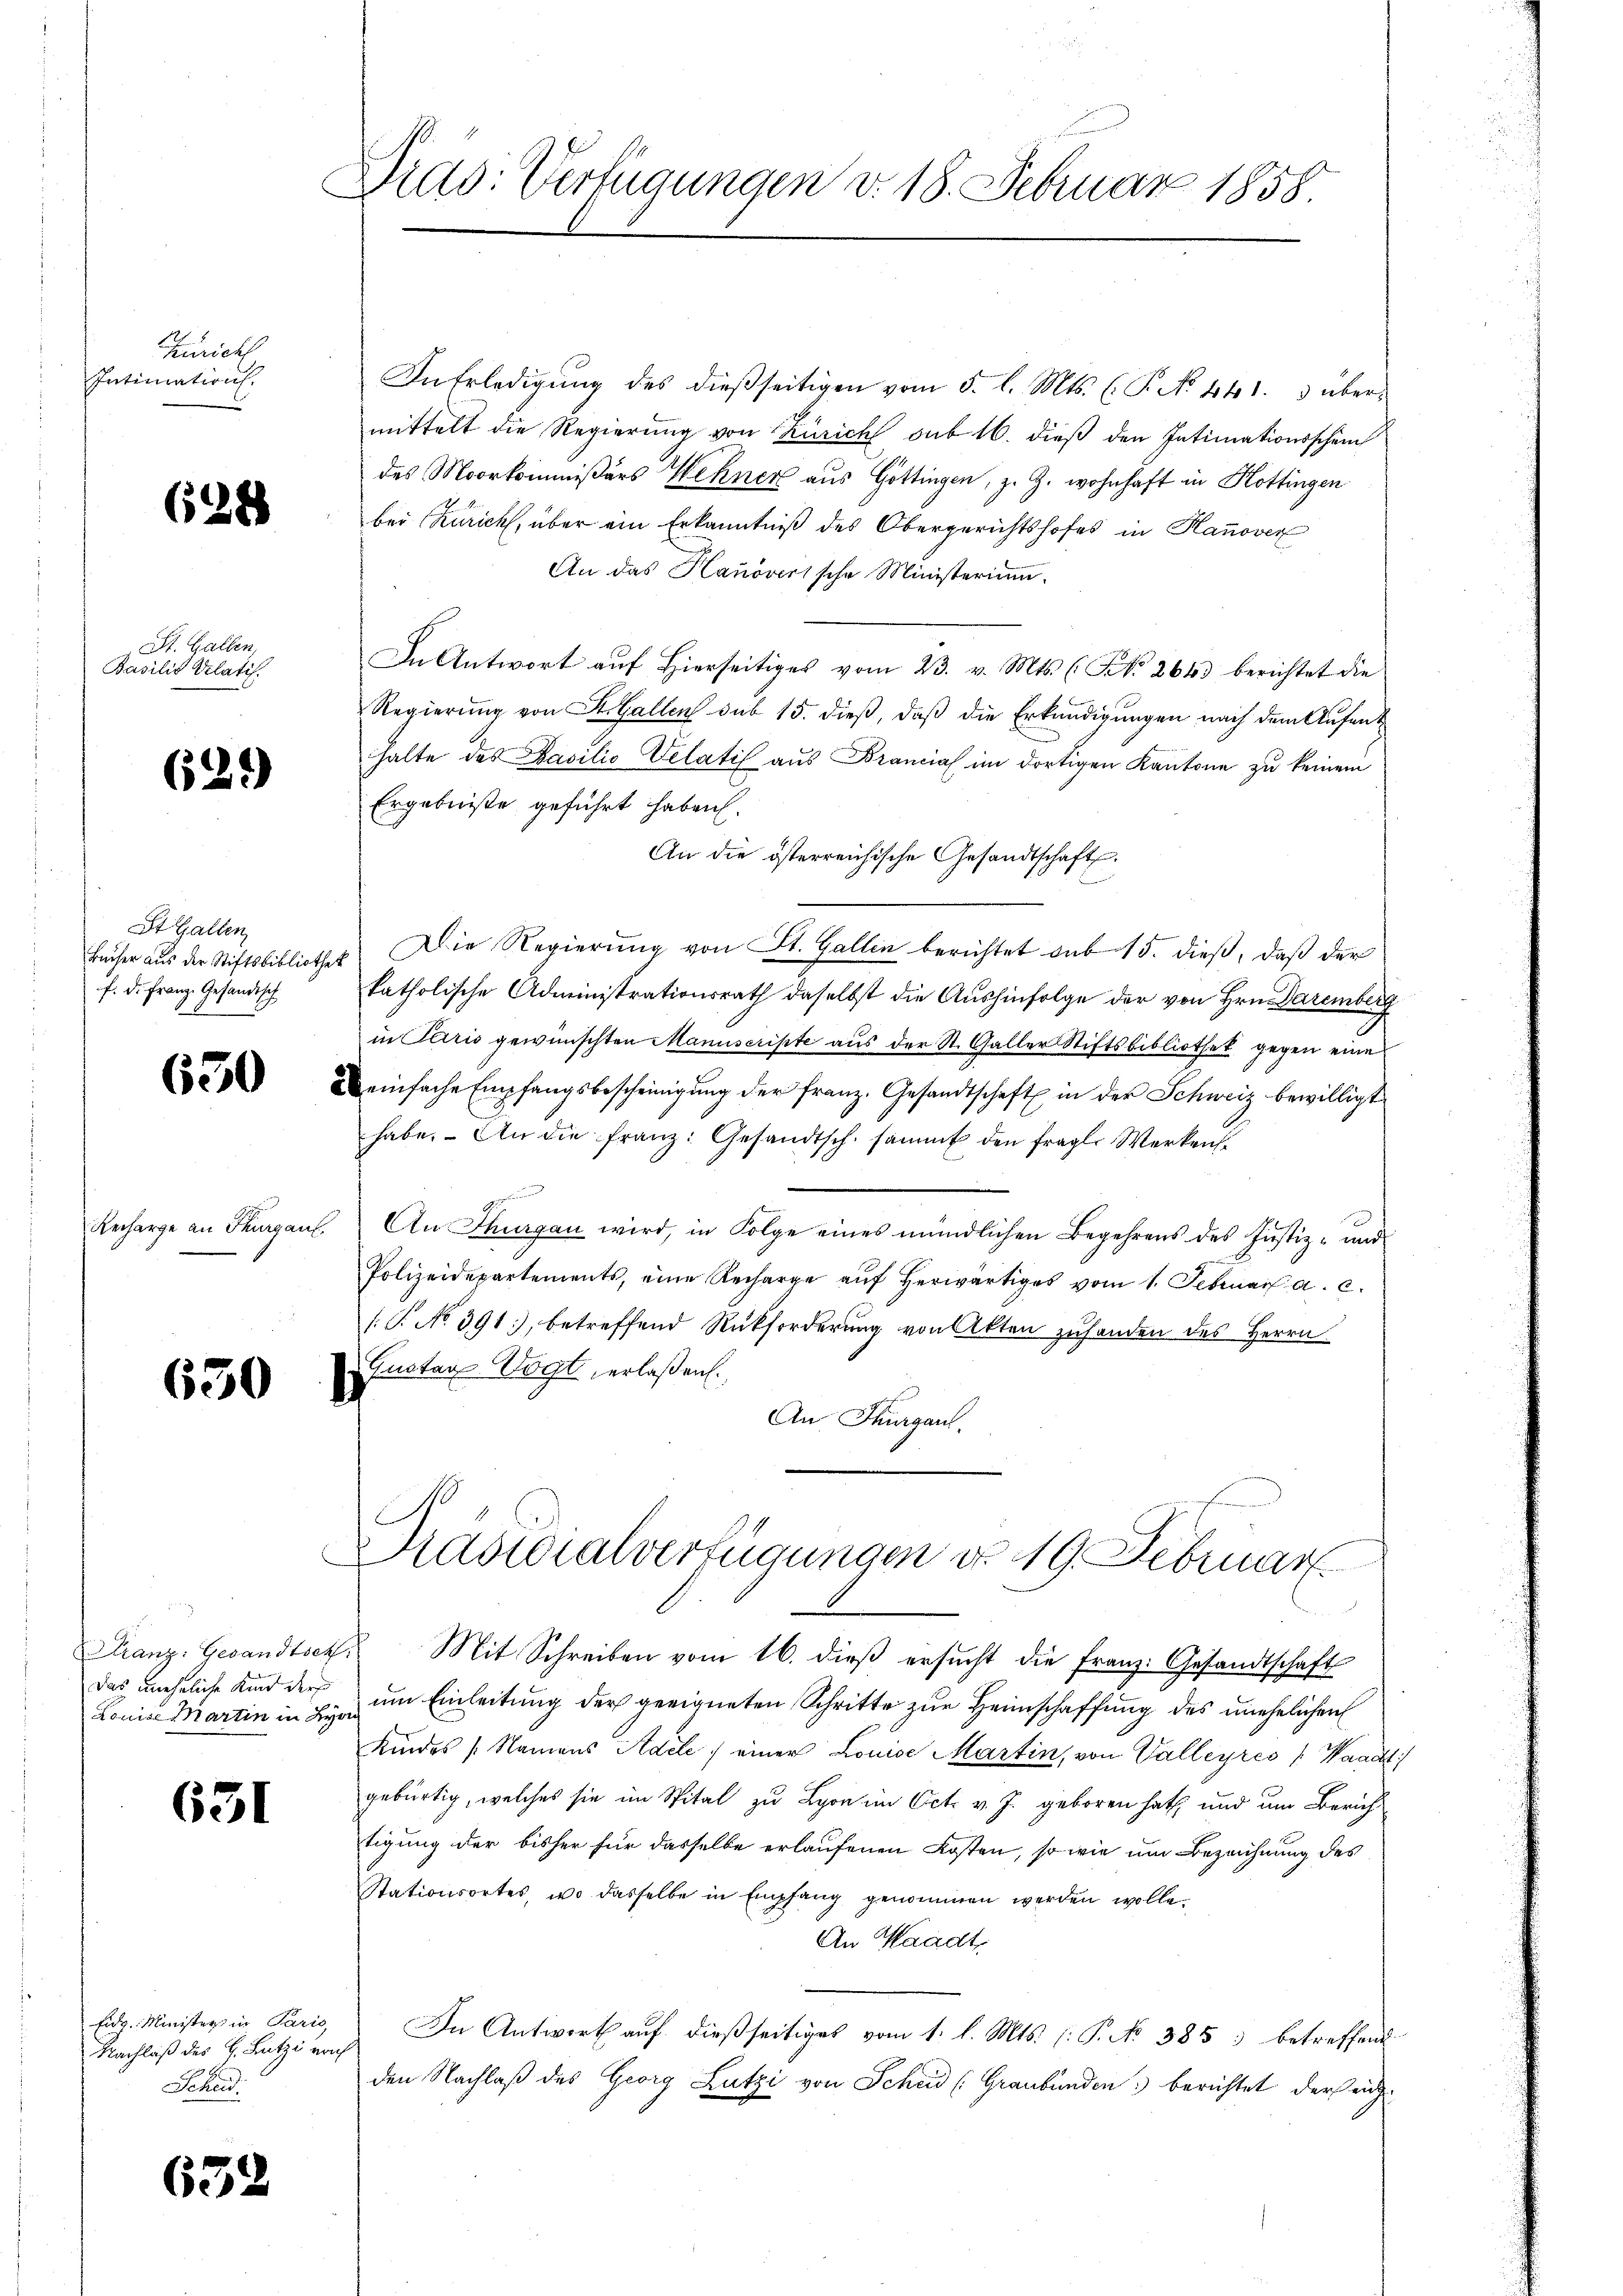
Zürich
Intimation.

628

St. Gallen,
Basilis Velatif.

629

St. Gallen,
Bächer aus der Stiftsbibliothek
f. d. Franz. Gesandisch

650

Recharge an Thurgau.

630

Das uneheliche Kind ders
Louise Brartin in Lyon

631

Fid. Minister in Paris,
Nachlaß des H. Lutzi von
Scheid.

632

Dias: Verfügungen v. 18. Februar 1858.

g

1

In Erledigung des dießseitigen vom 5. l. Mts. (T. N. 441. 3 über-
mittelt die Regierung von Zürich sub 16. dieß den Intimationsschein
des Moorkommißärs Wehner aus Göttingen, z. Z. wohnhaft in Hottingen
bei Kurich, über ein Erkanntniß des Obergerichtshofes in Hanover
An das Hanoverische Ministerium.
In Antwort auf Hierseitiges vom 23. v. Mts. (Frk. 264) berichtet die
Regierung von St. Gallen sub 15. dieß, daß die Erkundigungen nach dem Aufent
halte des Basilio Velatif aus Brancial im dortigen Kantone zu keinem
Ergebniße geführt haben.
An die österreichische Gesandtschaft.
Die Regierung von St. Gallen berichtet sub 15. dieß, daß der
katholische Administrationsrath daselbst die Aushinfolge der von Hrn. Daremberg
in Paris gewünschten Manuscripte aus der St. Galler Stiftsbibliothek gegen eine
einfache Empfangsbescheinigŭng der franz. Gesandtschaft in der Schweiz bewilligt
habe. An die franz: Gesandtsch. sammt den fragl. Werken
g
An Thurgau wird, in Folge eines mündlichen Begehrens des Justiz- und
Polizeidepartements, eine Recharge aŭf herwärtiges vom 1. Februar a. c.
[T. No. 391), betreffend Rückforderung von Akten zuhanden des Herrn
Gustav Vogt, erlaßen.
An Thurgau.

Präsidialverfügungen d. 19. Februar

Franz. Gesandtsch. Mit Schreiben vom 16. dieß ersucht die Franz. Gesandtschaft
um Einleitung der geeigneten Schritte zur Heimschaffung des unehelichen
Kindes Namens Adele, einer Louise Martin, von Valleyres Waadt
gebürtig, welches sie im Spital zu Lyon im Oct. v. J. geboren hat, und um Zürich
tigung der bisher für dasselbe erlaufenen Kosten, so wie um Bezeichnung des
Stationsortes, wo dasselbe in Empfang genommen werden wolle.
An Waadt,
In Antwort auf dießseitiget vom 1. l. Mts. (: P. No 385 betreffend
den Nachlaß des Georg Lutzi von Schied (Graubünden berichtet der ei